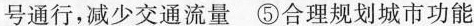
号通行，减少交通流量 ⑤合理规划城市功能